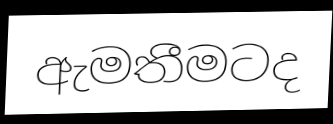
ඇමතීමටද